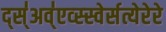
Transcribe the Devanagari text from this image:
द्स्॑अव्॑एव्स्स्वेर्सत्येरेरे